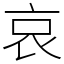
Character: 哀